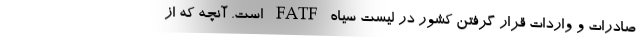
صادرات و واردات قرار گرفتن کشور در لیست سیاه FATF است. آنچه که از